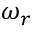
\omega _ { r }